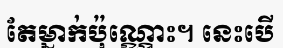
តែម្នាក់ប៉ុណ្ណោះ។ នេះបើ